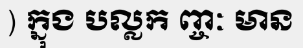
) ក្នុង បល្លក ញ្ចៈ មាន